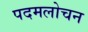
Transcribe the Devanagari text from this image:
पदमलोचन